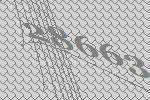
28663